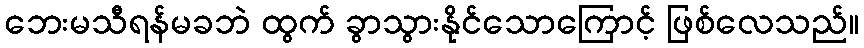
ဘေးမသီရန်မခဘဲ ထွက် ခွာသွားနိုင်သောကြောင့် ဖြစ်လေသည်။